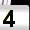
Digit: 4